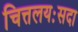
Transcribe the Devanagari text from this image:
चित्तलयःसदा